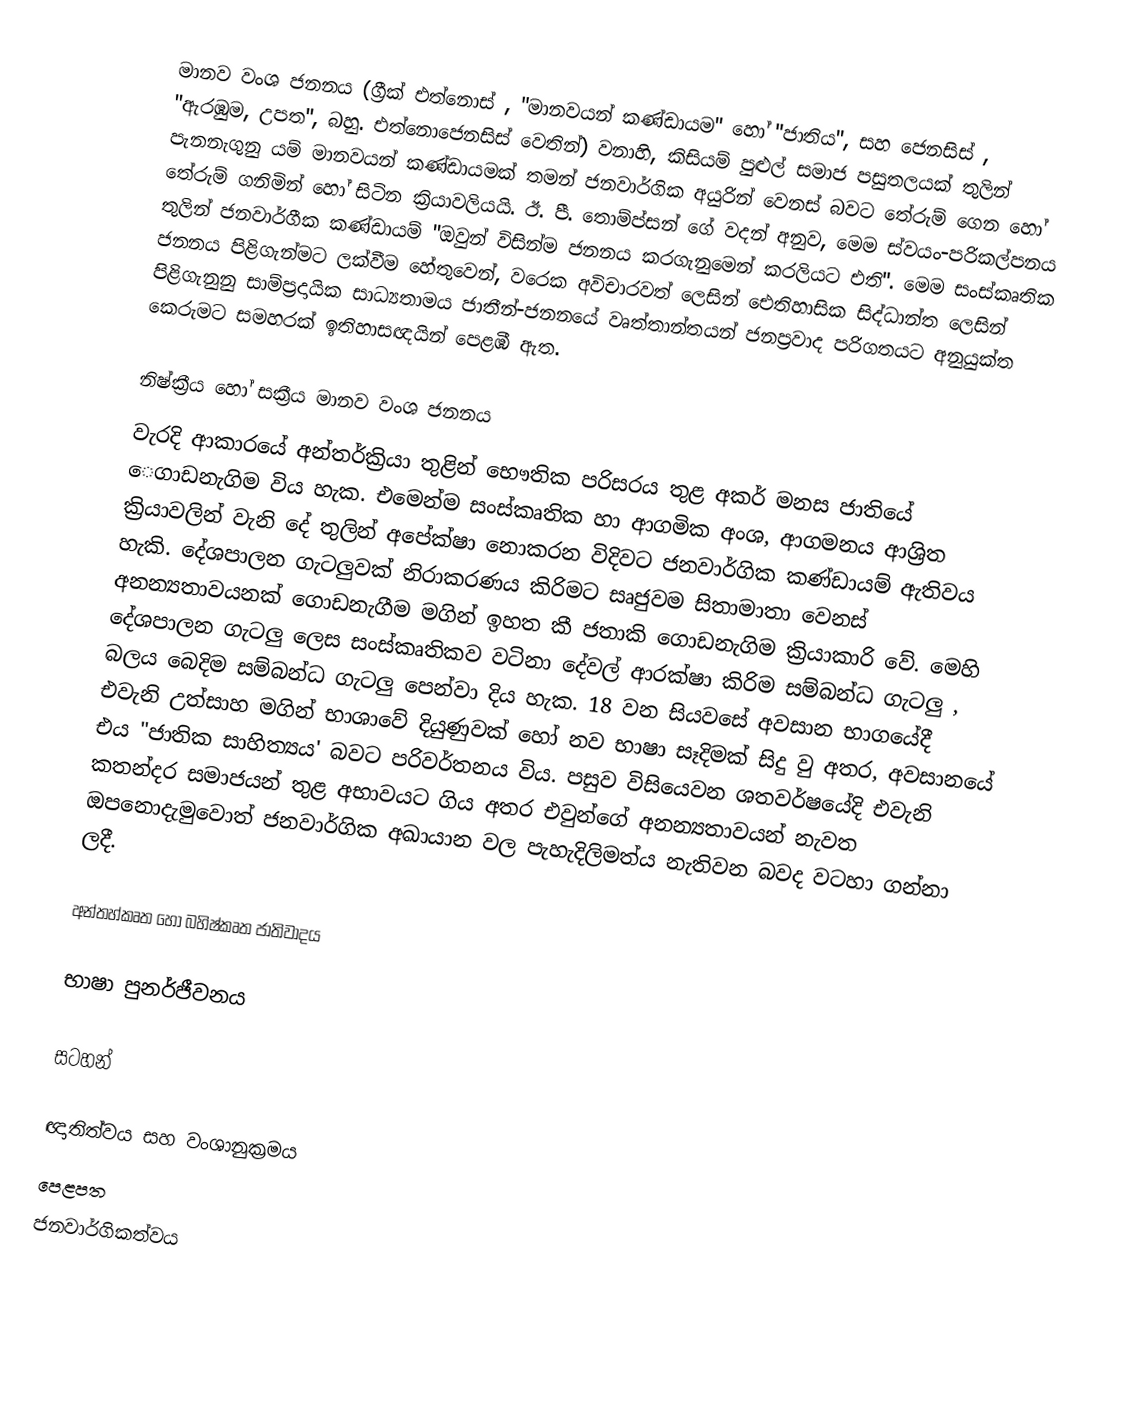
මානව වංශ ජනනය (ග්‍රීක් එත්නොස් , "මානවයන් කණ්ඩායම" හෝ "ජාතිය", සහ ජෙනසිස් , "ඇරඹුම, උපත", බහු. එත්නොජෙනසිස් වෙතින්) වනාහි, කිසියම් පුළුල් සමාජ පසුතලයක් තුලින් පැනනැගුනු යම් මානවයන් කණ්ඩායමක් තමන්  ජනවාර්ගික  අයුරින් වෙනස්  බවට තේරුම් ගෙන හෝ තේරුම් ගනිමින් හෝ සිටින ක්‍රියාවලියයි.  ඊ. පී. තොම්ප්සන් ගේ වදන් අනුව,  මෙම ස්වයං-පරිකල්පනය තුලින් ජනවාර්ගීක කණ්ඩායම්  "ඔවුන් විසින්ම ජනනය කරගැනුමෙන් කරලියට එති". මෙම සංස්කෘතික ජනනය පිළිගැන්මට ලක්වීම හේතුවෙන්, වරෙක අවිචාරවත් ලෙසින් ඓතිහාසික සිද්ධාන්ත ලෙසින් පිළිගැනුනු   සාම්ප්‍රදායික සාධ්‍යතාමය ජාතීන්-ජනනයේ වෘත්තාන්තයන් ජනප්‍රවාද පරිගතයට අනුයුක්ත කෙරුමට සමහරක් ඉතිහාසඥයින් පෙළඹී ඇත.

නිෂ්ක්‍රීය හෝ සක්‍රීය මානව වංශ ජනනය
වැරදි ආකාරයේ අන්තර්ක්‍රියා තුළින් භෞතික පරිසරය තුළ අකර් මනස ජාතියේ ‍ෙගාඩනැගිම විය හැක. එමෙන්ම සංස්කෘතික හා ආගමික අංශ, ආගමනය ආශ්‍රිත ක්‍රියාවලින් වැනි දේ තුලින් අපේක්ෂා නොකරන විදිවට ජනවාර්ගික කණ්ඩායම් ඇතිවය හැකි. දේශපාලන ගැටලුවක් නිරාකරණය කිරිමට සෘජුවම සිතාමාතා වෙනස් අනන්‍යතාවයනක් ගොඩනැගීම මගින් ඉහත කී ජතාකි ගොඩනැගිම ක්‍රියාකාරි වේ. මෙහි දේශපාලන ගැටලු ලෙස සංස්කෘතිකව වටිනා දේවල් ආරක්ෂා කිරිම සම්බන්ධ ගැටලු , බලය බෙදිම සම්බන්ධ ගැටලු පෙන්වා දිය හැක. 18 වන සියවසේ අවසාන භාගයේදී එවැනි උත්සාහ මගින් භාශාවේ දියුණුවක් හෝ නව භාෂා සෑදිමක් සිදු වු අතර, අවසානයේ එය "ජාතික සාහිත්‍යය' බවට පරිවර්තනය විය. පසුව විසියෙවන ශතවර්ෂයේදි එවැනි කතන්දර සමාජයන් තුළ අභාවයට ගිය අතර එවුන්ගේ අනන්‍යතාවයන් නැවත ඔපනොදැමුවොත් ජනවාර්ගික අඛායාන වල පැහැදිලිමත්ය නැතිවන බවද වටහා ගන්නා ලදී.

අන්තහ්කෘත හෝ බහිෂ්කෘත ජාතිවාදය

භාෂා පුනර්ජීවනය

සටහන්

ඥාතිත්වය සහ වංශානුක්‍රමය
පෙළපත
ජනවාර්ගිකත්වය